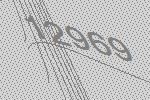
12969